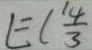
L = ( \frac { 1 4 } { 3 }